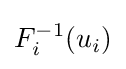
F_{i}^{-1}(u_{i})